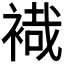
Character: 𧛷